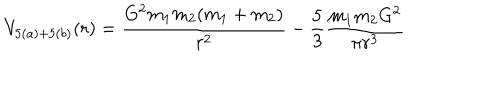
V _ { 5 ( a ) + 5 ( b ) } ( r ) = \frac { G ^ { 2 } m _ { 1 } m _ { 2 } ( m _ { 1 } + m _ { 2 } ) } { r ^ { 2 } } - \frac 5 3 \frac { m _ { 1 } m _ { 2 } G ^ { 2 } } { \pi r ^ { 3 } }